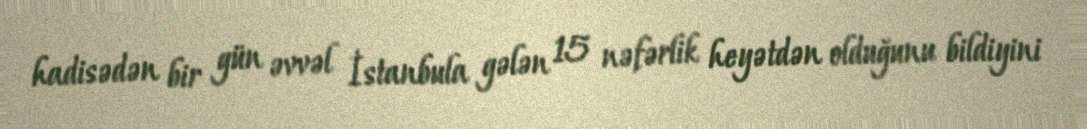
hadisədən bir gün əvvəl İstanbula gələn 15 nəfərlik heyətdən olduğunu bildiyini